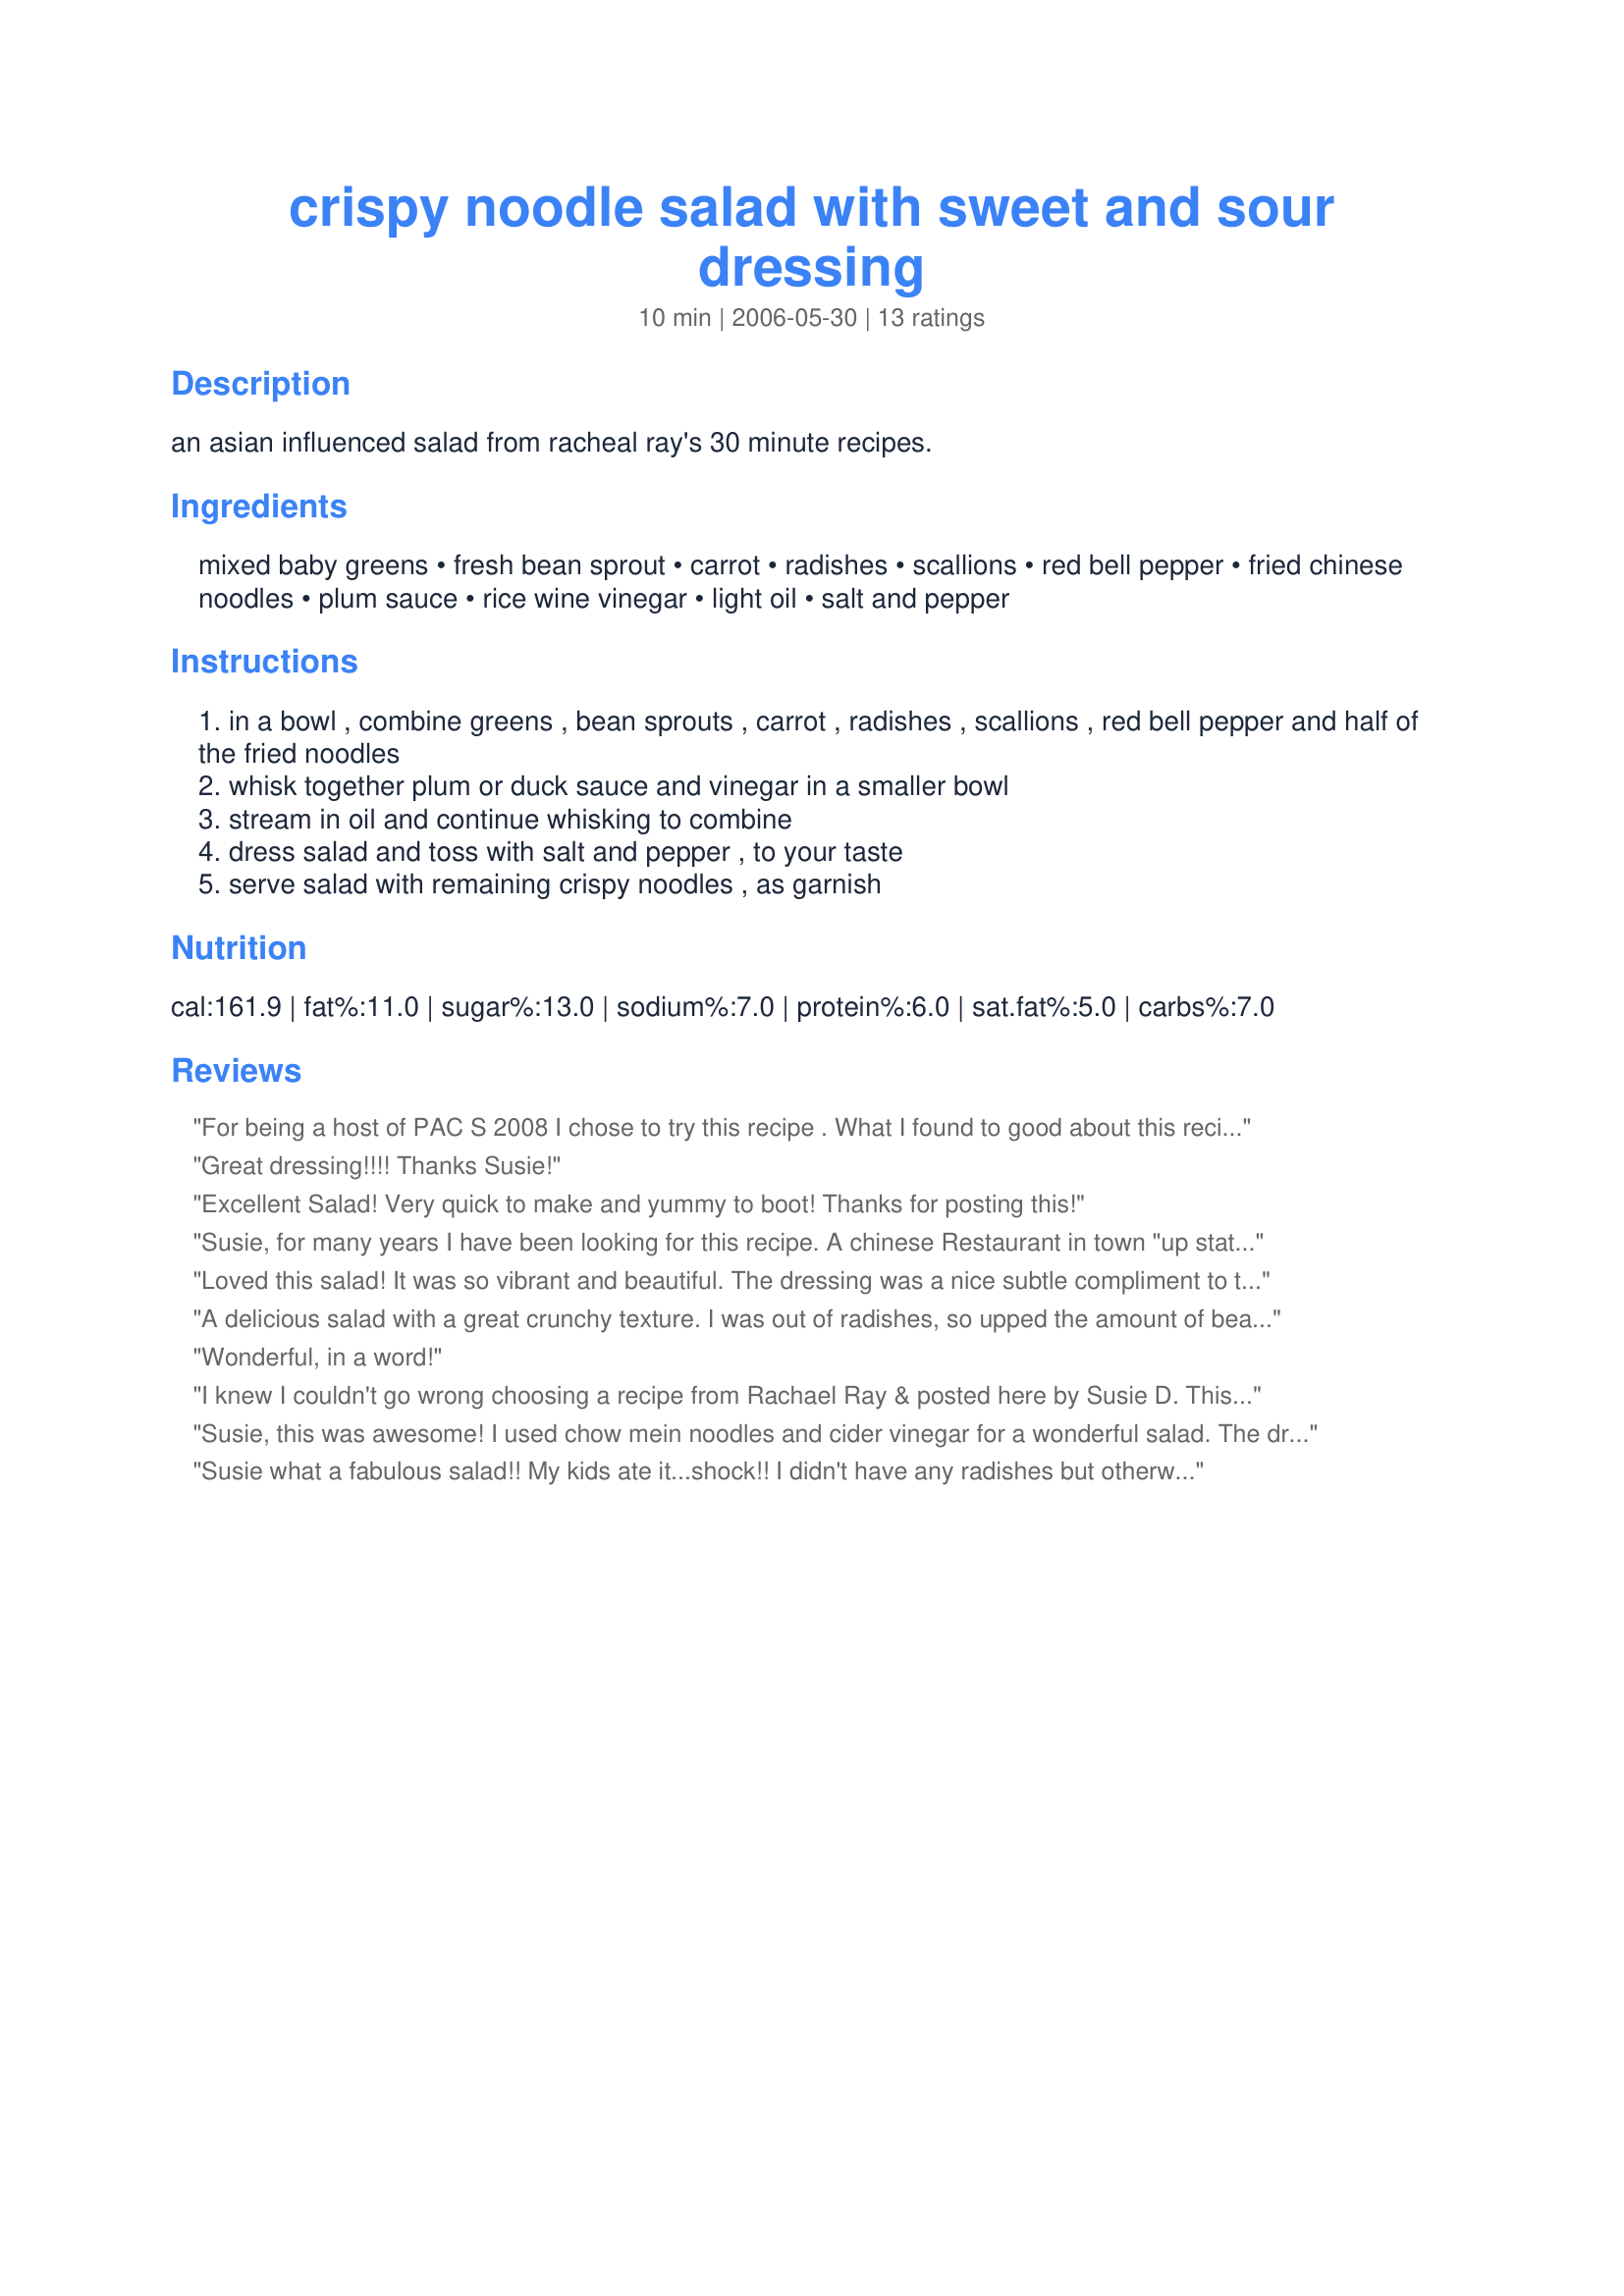
crispy noodle salad with sweet and sour dressing
Preparation time: 10 minutes

an asian influenced salad from racheal ray's 30 minute recipes.

Ingredients:
mixed baby greens, fresh bean sprout, carrot, radishes, scallions, red bell pepper, fried chinese noodles, plum sauce, rice wine vinegar, light oil, salt and pepper

Steps:
in a bowl , combine greens , bean sprouts , carrot , radishes , scallions , red bell pepper and half of the fried noodles
whisk together plum or duck sauce and vinegar in a smaller bowl
stream in oil and continue whisking to combine
dress salad and toss with salt and pepper , to your taste
serve salad with remaining crispy noodles , as garnish

Reviews:
For being a host of PAC S 2008 I chose to try this recipe . What I found to good about this recipe was you could go to your salad bar at lunch time then add this great dressing on. I chose to cut back on the oil and add more vinegar to mine. I will be having this again. Sorry for no picture, I forgot to bring my camera with me. A picture will soon follow.
Great dressing!!!! Thanks Susie!
Excellent Salad! Very quick to make and yummy to boot! Thanks for posting this!
Susie, for many years I have been looking for this recipe. A chinese Restaurant in town "up state N.Y" serves this salad, but they would never give out the recipe, nor would sell the dressing! I made it last night, it was just AWESOME. Thanks for sharing it.

Ferryal
Loved this salad! It was so vibrant and beautiful. The dressing was a nice subtle compliment to the salad; I didn't find the two competing as with some dressings.
This was simply a great tasting, beautiful salad.
Thanks!
:)
A delicious salad with a great crunchy texture. I was out of radishes, so upped the amount of bean sprouts and bell pepper. Also cut back just a bit on the oil -- using a mixture of peanut and sesame oil. No need to add salt or pepper. Made and thoroughly enjoyed to welcome the Chinese New Year.
Wonderful, in a word!
I knew I couldn't go wrong choosing a recipe from Rachael Ray & posted here by Susie D. This salad was so good I threatened DH & DS not to touch the leftovers. I already know what I'm having for lunch tomorrow. I'll add a little left over chicken, a few mandarin oranges, maybe some pecans and I will have a complete lunch. The sweet dressing is what makes this salad so terrific. Thanks for posting. Made for PAC, Spring 2008.
Susie, this was awesome! I used chow mein noodles and cider vinegar for a wonderful salad. The dressing was just the right amount of sweet and sour for us. Thank you for posting, will make this salad again soon!
Susie what a fabulous salad!! My kids ate it...shock!! 
I didn't have any radishes but otherwise followed the recipe. Great flavour and wonderful texture...love the crispy noodles for adding crunch and the dressing was great.
Great stuff! Used duck sauce, But next time I am going to try plum sauce. Thanks for posting.
This was so nice, I had a big bowl for lunch, then DH and I had some for our evening meal along with schnitzel and boiled new potatoes....it was so yummy, then like a previous review I warned everyone off and had the rest for lunch the next day. This is definitely a keeper, in fact am getting the ingredients for me to have salad lunches for the next 3 days.
This was absolutely fabulous! I loved the fresh crunch of everything - the textural thing going on is beyond words. The dressing...wonderful. Perfect salad to accompany a dinner of finger-foods.
